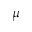
\mu